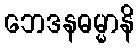
ဘေဒနဓမ္မာနိ